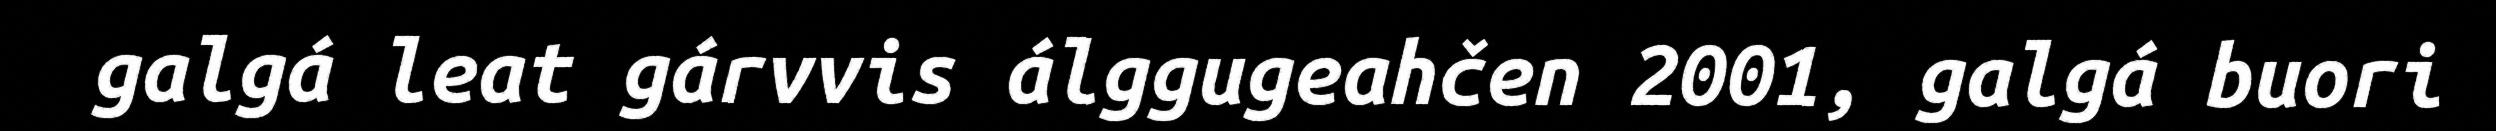
galgá leat gárvvis álggugeahčen 2001, galgá buori